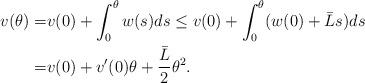
LaTeX: \begin{align*} v(\theta)=&v(0)+\int_0^\theta w(s) ds\le v(0)+\int_0^\theta(w(0)+\bar Ls)ds\\ =&v(0)+v'(0)\theta+\frac{\bar L}{2}\theta^2. \end{align*}